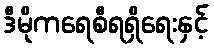
ဒီမိုကရေစီရရှိရေးနှင့်